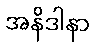
အနိဒါနာ